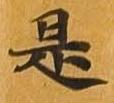
是